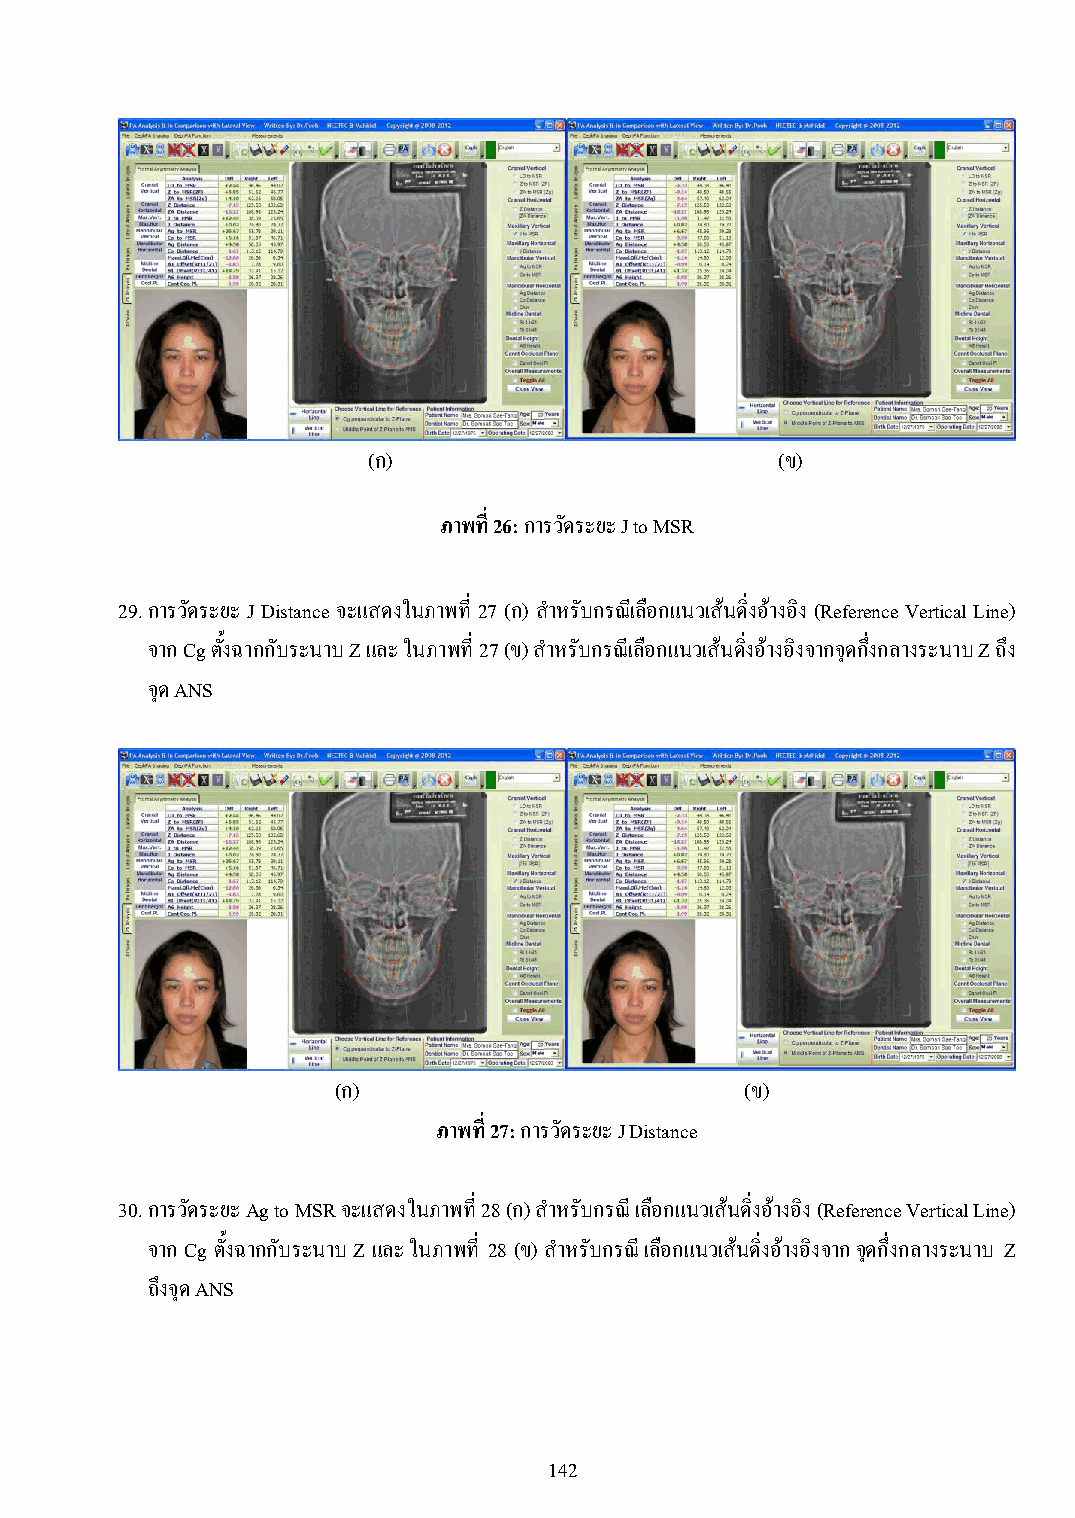
(ก)                        (ข)
 ภาพที่ 26: การวัดระยะ J to MSR
 29. การวัดระยะ J Distance จะแสดงในภาพที่ 27 (ก) ส าหรับกรณีเลือกแนวเส้นดิ่งอ้างอิง (Reference Vertical Line)
 จาก Cg ตั้งฉากกับระนาบ Z และ ในภาพที่ 27 (ข) ส าหรับกรณีเลือกแนวเส้นดิ่งอ้างอิงจากจุดกึ่งกลางระนาบ Z ถึง
 จุด ANS
 (ก)                        (ข)
 ภาพที่ 27: การวัดระยะ J Distance
 30. การวัดระยะ Ag to MSR จะแสดงในภาพที่ 28 (ก) ส าหรับกรณี เลือกแนวเส้นดิ่งอ้างอิง (Reference Vertical Line)
 จาก Cg ตั้งฉากกับระนาบ Z และ ในภาพที่ 28 (ข) ส าหรับกรณี เลือกแนวเส้นดิ่งอ้างอิงจาก จุดกึ่งกลางระนาบ Z
 ถึงจุด ANS
 142